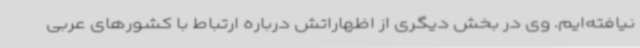
نیافته‌ایم. وی در بخش دیگری از اظهاراتش درباره ارتباط با کشورهای عربی